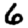
Digit: 6